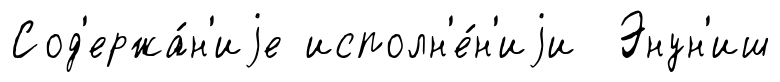
Сод'ержа́н'иjе исполн'е́н'иjи Энун'иш